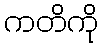
ကတိကို